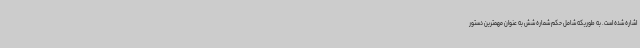
اشاره شده است. به طوریکه شامل حکم شماره شش به عنوان مهمترین دستور